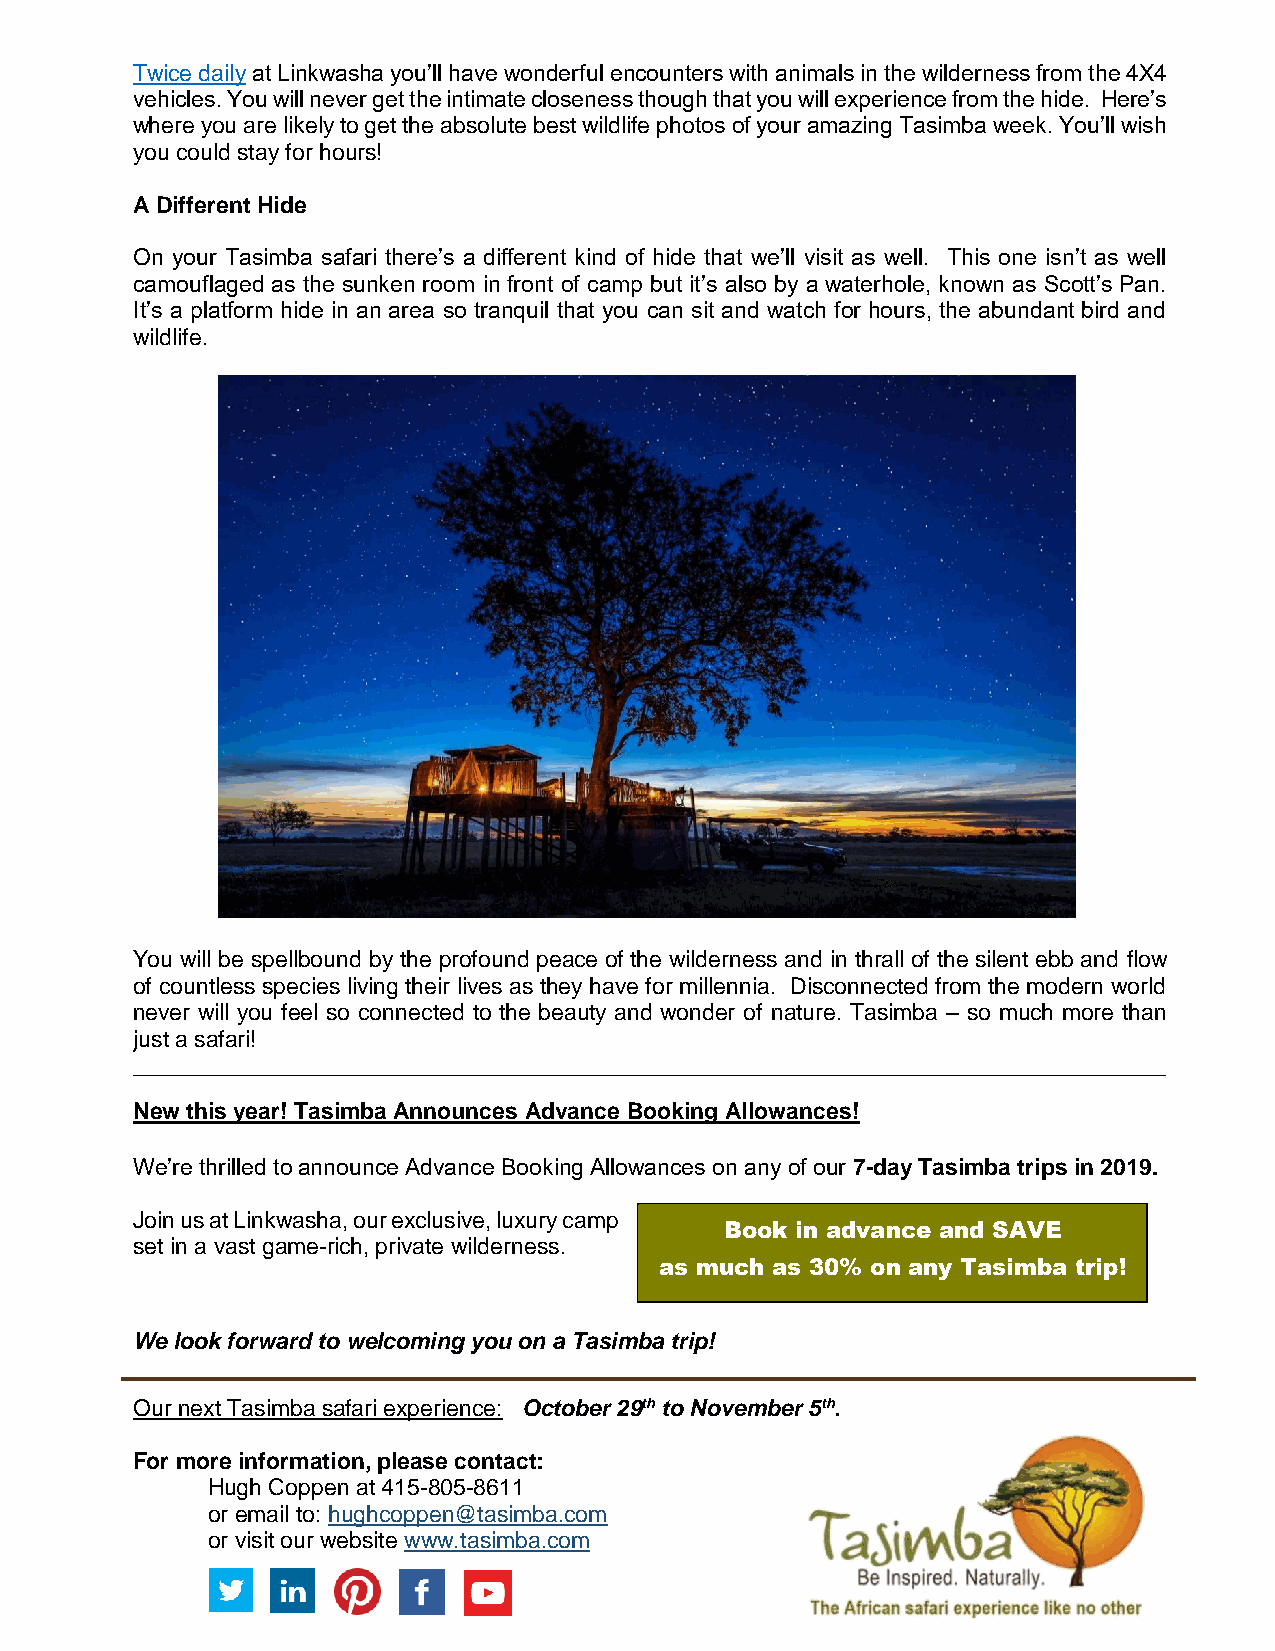
Twice daily at Linkwasha you’ll have wonderful encounters with animals in the wilderness from the 4X4
 vehicles. You will never get the intimate closeness though that you will experience from the hide. Here’s
 where you are likely to get the absolute best wildlife photos of your amazing Tasimba week. You’ll wish
 you could stay for hours!
 A Different Hide
 On your Tasimba safari there’s a different kind of hide that we’ll visit as well. This one isn’t as well
 camouflaged as the sunken room in front of camp but it’s also by a waterhole, known as Scott’s Pan.
 It’s a platform hide in an area so tranquil that you can sit and watch for hours, the abundant bird and
 wildlife.
 You will be spellbound by the profound peace of the wilderness and in thrall of the silent ebb and flow
 of countless species living their lives as they have for millennia. Disconnected from the modern world
 never will you feel so connected to the beauty and wonder of nature. Tasimba – so much more than
 just a safari!
 _________________________________________________________________________________
 New this year! Tasimba Announces Advance Booking Allowances!
 We’re thrilled to announce Advance Booking Allowances on any of our 7-day Tasimba trips in 2019.
 Join us at Linkwasha, our exclusive, luxury camp
 Book in advance and SAVE
 set in a vast game-rich, private wilderness.
 as much as 30% on any Tasimba trip!
 We look forward to welcoming you on a Tasimba trip!
 Our next Tasimba safari experience: October 29th to November 5th.
 For more information, please contact:
 Hugh Coppen at 415-805-8611
 or email to: hughcoppen@tasimba.com
 or visit our website www.tasimba.com